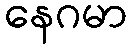
နေဂမာ